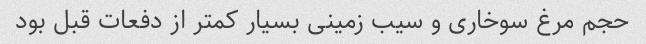
حجم مرغ سوخاری و سیب زمینی بسیار کمتر از دفعات قبل بود